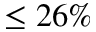
\leq 2 6 \%